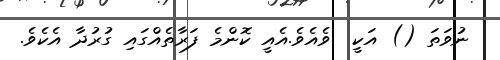
ނުވަތަ () އަކީ  ވެއެވެ.އެއީ ކޮންމެ ފަރާތެއްގައި ގުރުދާ އެކެވެ.